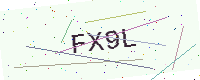
Text: FX9L